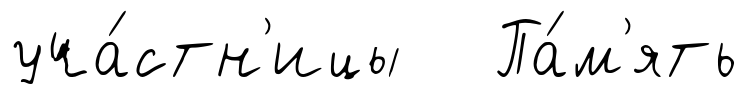
уча́стн'ицы Па́м'ять